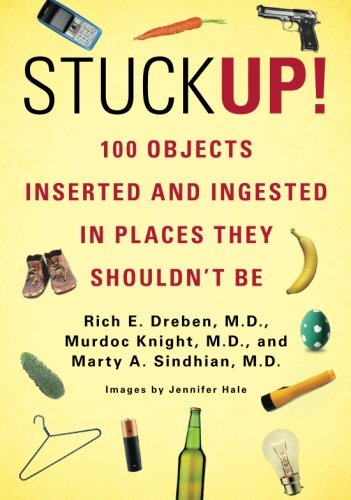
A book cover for Stuck Up!: 100 Objects Inserted and Ingested in Places They Shouldn't Be; H. Eric Bender M.D; Humor & Entertainment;